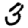
Digit: 3